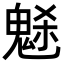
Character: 𩲺